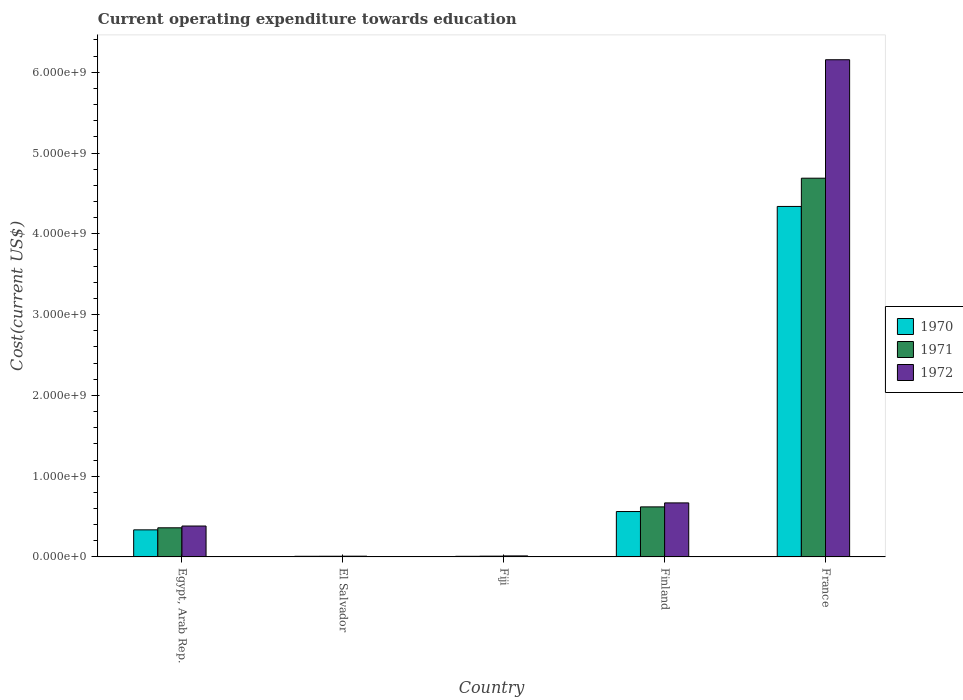
| Country | 1970 | 1971 | 1972 |
 | --- | --- | --- | --- |
 | Egypt, Arab Rep. | 3.35e+08 | 3.6e+08 | 3.83e+08 |
 | El Salvador | 7.86e+06 | 8.46e+06 | 9.26e+06 |
 | Fiji | 7.79e+06 | 9.67e+06 | 1.26e+07 |
 | Finland | 5.62e+08 | 6.2e+08 | 6.69e+08 |
 | France | 4.34e+09 | 4.69e+09 | 6.16e+09 |